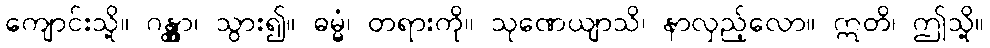
ကျောင်းသို့။ ဂန္တွာ၊ သွား၍။ ဓမ္မံ၊ တရားကို။ သုဏေယျာသိ၊ နာလှည့်လော။ ဣတိ၊ ဤသို့။